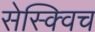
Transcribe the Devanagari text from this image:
सेस्क्विच